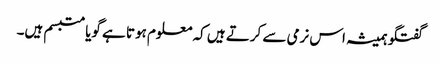
گفتگو ہمیشہ اس نرمی سے کرتے ہیں کہ معلوم ہوتا ہے گویا متبسم ہیں۔